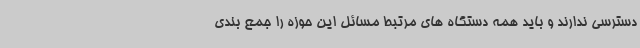
دسترسی ندارند و باید همه دستگاه های مرتبط مسائل این حوزه را جمع بندی